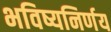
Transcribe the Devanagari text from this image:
भविष्यनिर्णय